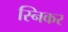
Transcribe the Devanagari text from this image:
स्निकर